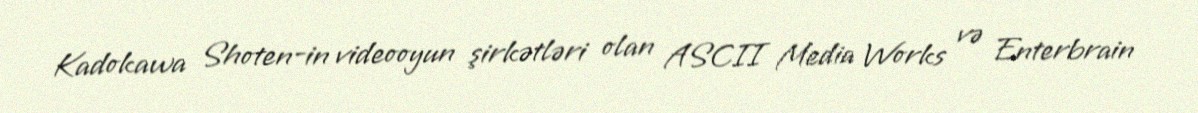
Kadokawa Shoten-in videooyun şirkətləri olan ASCII Media Works və Enterbrain